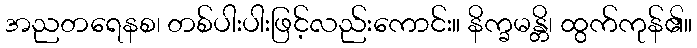
အညတရေနစ၊ တစ်ပါးပါးဖြင့်လည်းကောင်း။ နိက္ခမန္တိ၊ ထွက်ကုန်၏။